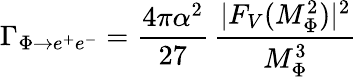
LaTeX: \Gamma_{\Phi\rightarrow e^{+}e^{-}}=\frac{4\pi\alpha^{2}}{27}\, \frac{|F_{V}(M_{\Phi}^{2})|^{2}}{M_{\Phi}^{3}}